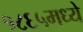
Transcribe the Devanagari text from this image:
१८६५मध्ये